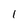
Character: 1